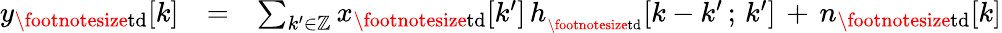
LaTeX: \begin{array}{rlr}{y_{\mathrm{\footnotesize{td}}}[k]}&{=}&{\sum_{k^{\prime}\in{\mathbb Z}}x_{\mathrm{\footnotesize{td}}}[k^{\prime}]\, h_{_{\mathrm{\footnotesize{td}}}}[k-k^{\prime}\, ;\, k^{\prime}]\, +\, n_{\mathrm{\footnotesize{td}}}[k]}\end{array}